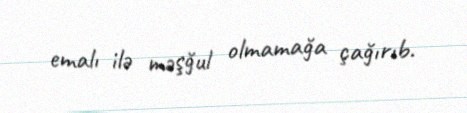
emalı ilə məşğul olmamağa çağırıb.